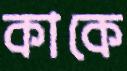
কাকে